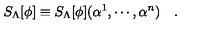
S _ { \Lambda } [ \phi ] \equiv S _ { \Lambda } [ \phi ] ( \alpha ^ { 1 } , \cdots , \alpha ^ { n } ) \quad .